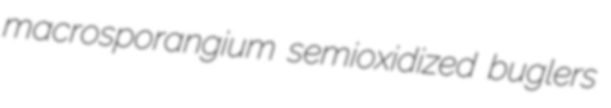
macrosporangium semioxidized buglers